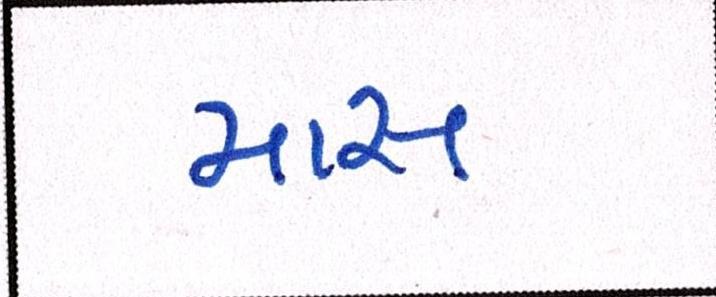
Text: માસ